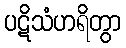
ပဋိသံဟရိတွာ